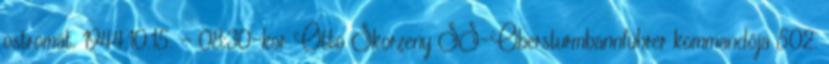
ostromát. 1944.10.15. - 08:30-kor Otto Skorzeny SS-Obersturmbannführer kommandója 502.